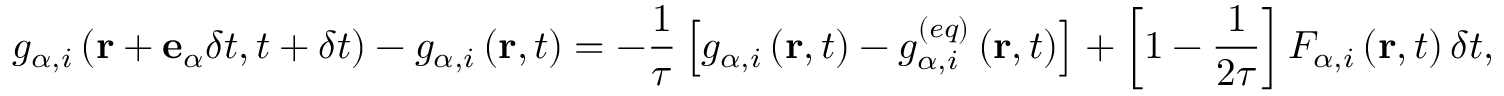
g _ { \alpha , i } \left( \mathbf { r } + \mathbf { e } _ { \alpha } \delta t , t + \delta t \right) - g _ { \alpha , i } \left( \mathbf { r } , t \right) = - \frac { 1 } { \tau } \left[ g _ { \alpha , i } \left( \mathbf { r } , t \right) - g _ { \alpha , i } ^ { ( e q ) } \left( \mathbf { r } , t \right) \right] + \left[ 1 - \frac { 1 } { 2 \tau } \right] F _ { \alpha , i } \left( \mathbf { r } , t \right) \delta t ,